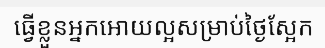
ធ្វើខ្លួនអ្នកអោយល្អសម្រាប់ថ្ងៃស្អែក